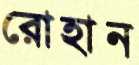
রোহান